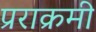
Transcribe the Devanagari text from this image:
प्रराक्रमी